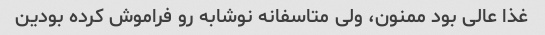
غذا عالی بود ممنون، ولی متاسفانه نوشابه رو فراموش کرده بودین